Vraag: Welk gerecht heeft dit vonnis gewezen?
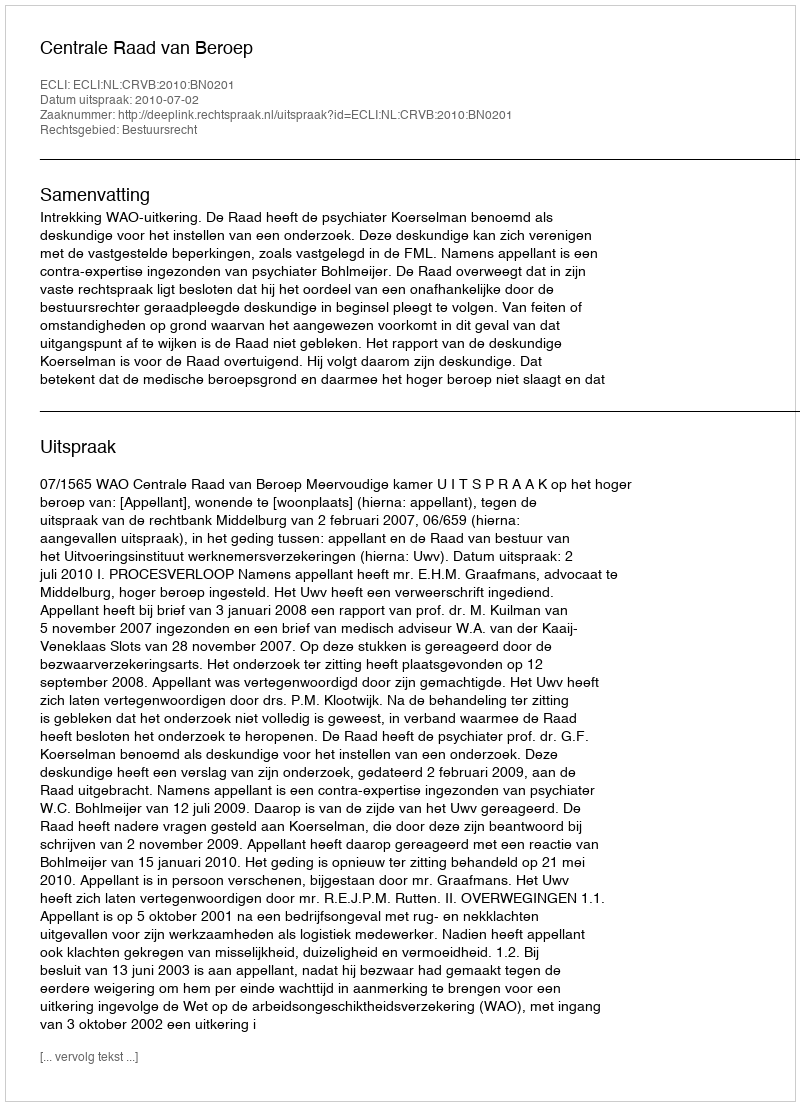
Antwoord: Centrale Raad van Beroep